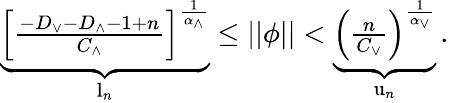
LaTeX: \begin{array}{r}{\underbrace{\left[\frac{-D_{\vee}-D_{\wedge}-1+n}{C_{\wedge}}\right]^{\frac{1}{\alpha_{\wedge}}}}_{\textrm{l}_{n}}\leq\vert\vert\phi\vert\vert<\underbrace{\left(\frac{n}{C_{\vee}}\right)^{\frac{1}{\alpha_{\vee}}}}_{\textrm{u}_{n}}\, .}\end{array}